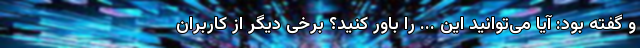
و گفته بود: آیا می‌توانید این ... را باور کنید؟ برخی دیگر از کاربران